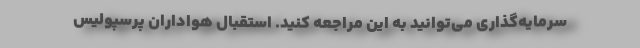
سرمایه‌گذاری می‌توانید به این مراجعه کنید. استقبال هواداران پرسپولیس